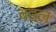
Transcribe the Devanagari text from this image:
बइल